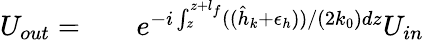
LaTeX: \begin{array}{rlr}{{U_{out}}=}&{{}}&{e^{-i\int_{z}^{z+l_{f}}((\hat{h}_{k}+\epsilon_{h}))/(2k_{0})dz}U_{in}}\end{array}